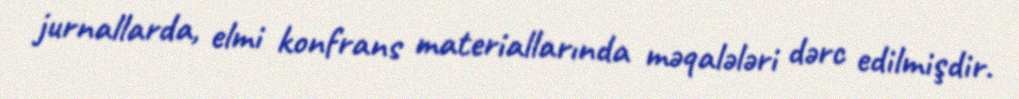
jurnallarda, elmi konfrans materiallarında məqalələri dərc edilmişdir.